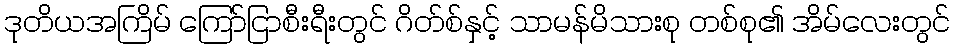
ဒုတိယအကြိမ် ကြော်ငြာစီးရီးတွင် ဂိတ်စ်နှင့် သာမန်မိသားစု တစ်စု၏ အိမ်လေးတွင်